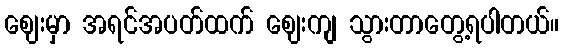
ဈေးမှာ အရင်အပတ်ထက် ဈေးကျ သွားတာတွေ့ရပါတယ်။